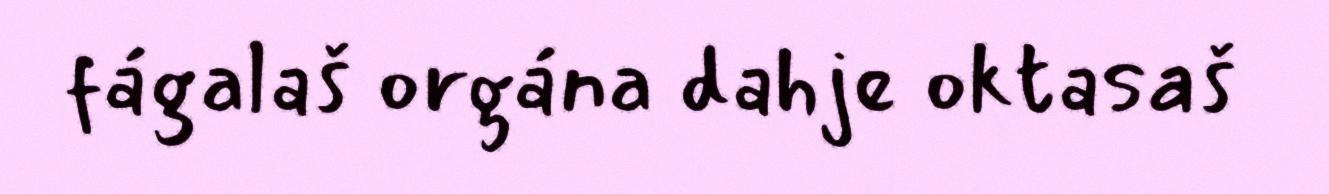
fágalaš orgána dahje oktasaš